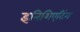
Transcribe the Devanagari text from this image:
इनिशिएटिंग